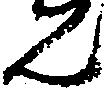
ん